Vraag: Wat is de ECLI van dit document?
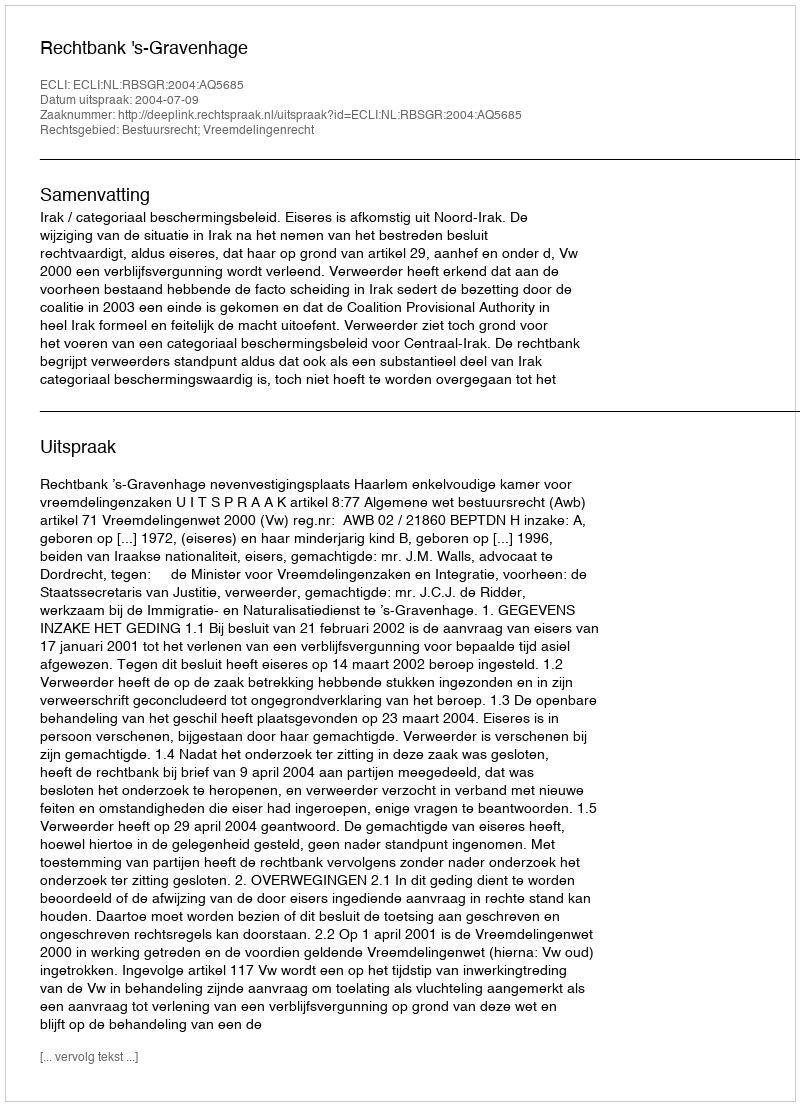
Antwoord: ECLI:NL:RBSGR:2004:AQ5685